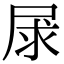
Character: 㞗